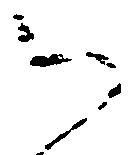
御